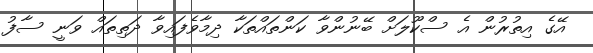
އޭގެ އިތުރުން އެ ސްކޫލަށް ބޭނުންވާ ކަންތައްތަކާ ދިމާވެފައިވާ ދަތިތައް ވަނީ ސާފު